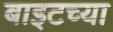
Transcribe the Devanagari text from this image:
बाइटच्या